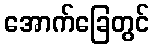
အောက်ခြေတွင်